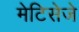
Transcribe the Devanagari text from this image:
मेटिसेजे